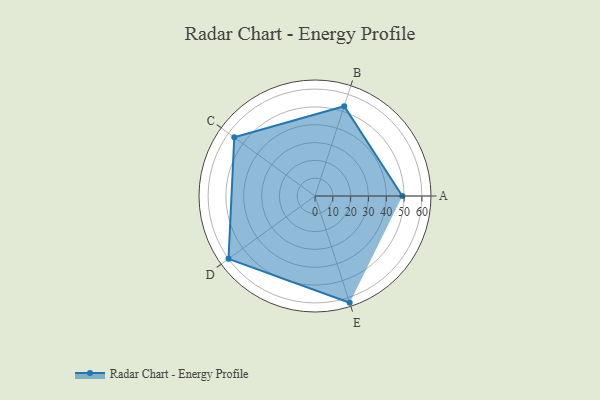
{"axis": {"x": "Skill", "y": "Score"}, "legend": ["Profile"], "data": [{"x": "A", "y": 49.0, "type": "Profile"}, {"x": "B", "y": 53.0, "type": "Profile"}, {"x": "C", "y": 56.0, "type": "Profile"}, {"x": "D", "y": 60.0, "type": "Profile"}, {"x": "E", "y": 63.0, "type": "Profile"}]}